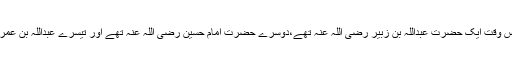
اور حجاز کے اندر اس وقت ایک حضرت عبداللہ بن زبیر رضی اللہ عنہ تھے،دوسرے حضرت امام حسین رضی اللہ عنہ تھے اور تیسرے عبداللہ بن عمر رضی اللہ عنہ تھے۔